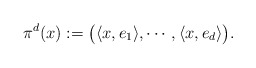
\begin{align*} \pi^d(x):=\big(\langle x,e_1\rangle,\cdots,\langle x,e_d\rangle\big).\end{align*}